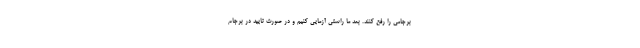
برجامی را رفع کنند. بعد ما راستی آزمایی کنیم و در صورت تایید در برجام